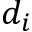
d _ { i }